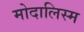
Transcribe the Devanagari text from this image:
मोदालिस्म